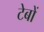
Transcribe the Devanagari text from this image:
टेबों